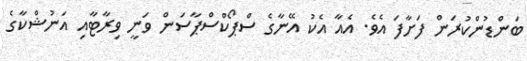
ބަންޑުންކުރަން ފަށާފަ އެވެ. އެއާ އެކު އޭނާގެ ސްޕޯކްސްޕާސަން ވަނީ ވިރާޓާއި އަނުޝްކާގެ